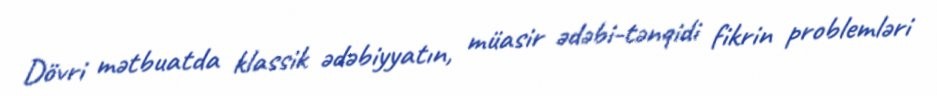
Dövri mətbuatda klassik ədəbiyyatın, müasir ədəbi-tənqidi fikrin problemləri